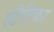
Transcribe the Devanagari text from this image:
स्टैटिका